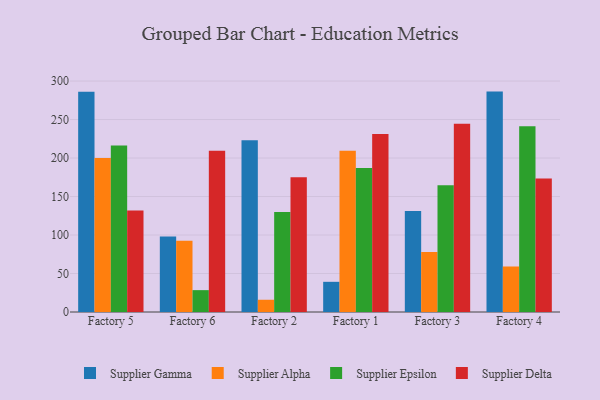
{"axis": {"x": "Factory", "y": "Satisfaction Score"}, "legend": ["Supplier Alpha", "Supplier Delta", "Supplier Epsilon", "Supplier Gamma"], "data": [{"x": "Factory 5", "y": 286.1, "type": "Supplier Gamma"}, {"x": "Factory 5", "y": 199.9, "type": "Supplier Alpha"}, {"x": "Factory 5", "y": 216.2, "type": "Supplier Epsilon"}, {"x": "Factory 5", "y": 131.7, "type": "Supplier Delta"}, {"x": "Factory 6", "y": 98.0, "type": "Supplier Gamma"}, {"x": "Factory 6", "y": 92.7, "type": "Supplier Alpha"}, {"x": "Factory 6", "y": 28.4, "type": "Supplier Epsilon"}, {"x": "Factory 6", "y": 209.4, "type": "Supplier Delta"}, {"x": "Factory 2", "y": 223.0, "type": "Supplier Gamma"}, {"x": "Factory 2", "y": 15.9, "type": "Supplier Alpha"}, {"x": "Factory 2", "y": 130.0, "type": "Supplier Epsilon"}, {"x": "Factory 2", "y": 175.0, "type": "Supplier Delta"}, {"x": "Factory 1", "y": 39.2, "type": "Supplier Gamma"}, {"x": "Factory 1", "y": 209.4, "type": "Supplier Alpha"}, {"x": "Factory 1", "y": 186.9, "type": "Supplier Epsilon"}, {"x": "Factory 1", "y": 231.2, "type": "Supplier Delta"}, {"x": "Factory 3", "y": 131.2, "type": "Supplier Gamma"}, {"x": "Factory 3", "y": 78.0, "type": "Supplier Alpha"}, {"x": "Factory 3", "y": 164.8, "type": "Supplier Epsilon"}, {"x": "Factory 3", "y": 244.4, "type": "Supplier Delta"}, {"x": "Factory 4", "y": 286.3, "type": "Supplier Gamma"}, {"x": "Factory 4", "y": 59.1, "type": "Supplier Alpha"}, {"x": "Factory 4", "y": 241.2, "type": "Supplier Epsilon"}, {"x": "Factory 4", "y": 173.5, "type": "Supplier Delta"}]}